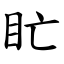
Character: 盳